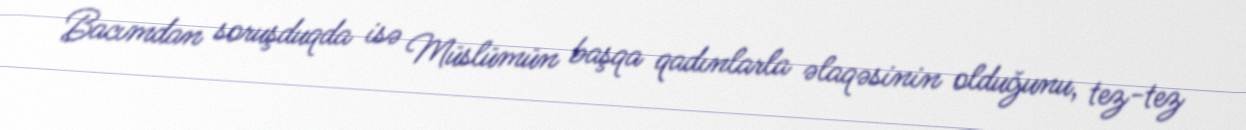
Bacımdan soruşduqda isə Müslümün başqa qadınlarla əlaqəsinin olduğunu, tez-tez